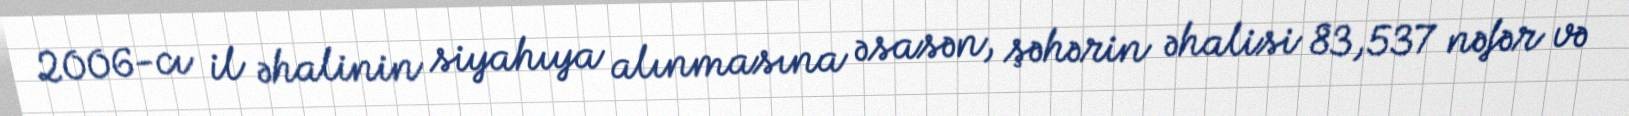
2006-cı il əhalinin siyahıya alınmasına əsasən, şəhərin əhalisi 83,537 nəfər və